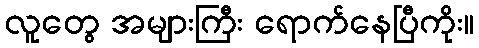
လူတွေ အများကြီး ရောက်နေပြီကိုး။